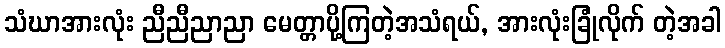
သံဃာအားလုံး ညီညီညာညာ မေတ္တာပို့ကြတဲ့အသံရယ်, အားလုံးခြုံလိုက် တဲ့အခါ